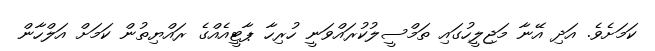
ކަމަށެވެ. އަދި އޭނާ މަޖިލީހުގައި ތަމްސީލުކުރައްވަނީ ހުރިހާ ޕާޓީއެއްގެ ރައްޔިތުން ކަމަށް އަލްހާން